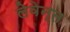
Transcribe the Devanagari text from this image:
लेवेन्त